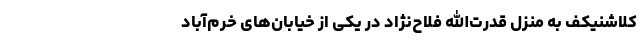
کلاشنیکف به منزل قدرت‌الله فلاح‌نژاد در یکی از خیابان‌های خرم‌آباد